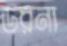
ডরনা